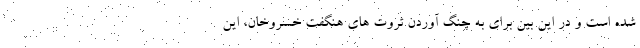
شده است و در این بین برای به چنگ آوردن ثروت های هنگفت خسروخان، این